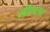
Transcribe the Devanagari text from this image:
सीगला